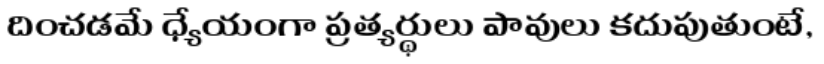
దించడమే ధ్యేయంగా ప్రత్యర్థులు పావులు కదుపుతుంటే,